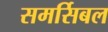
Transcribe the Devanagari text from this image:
समर्सिबल